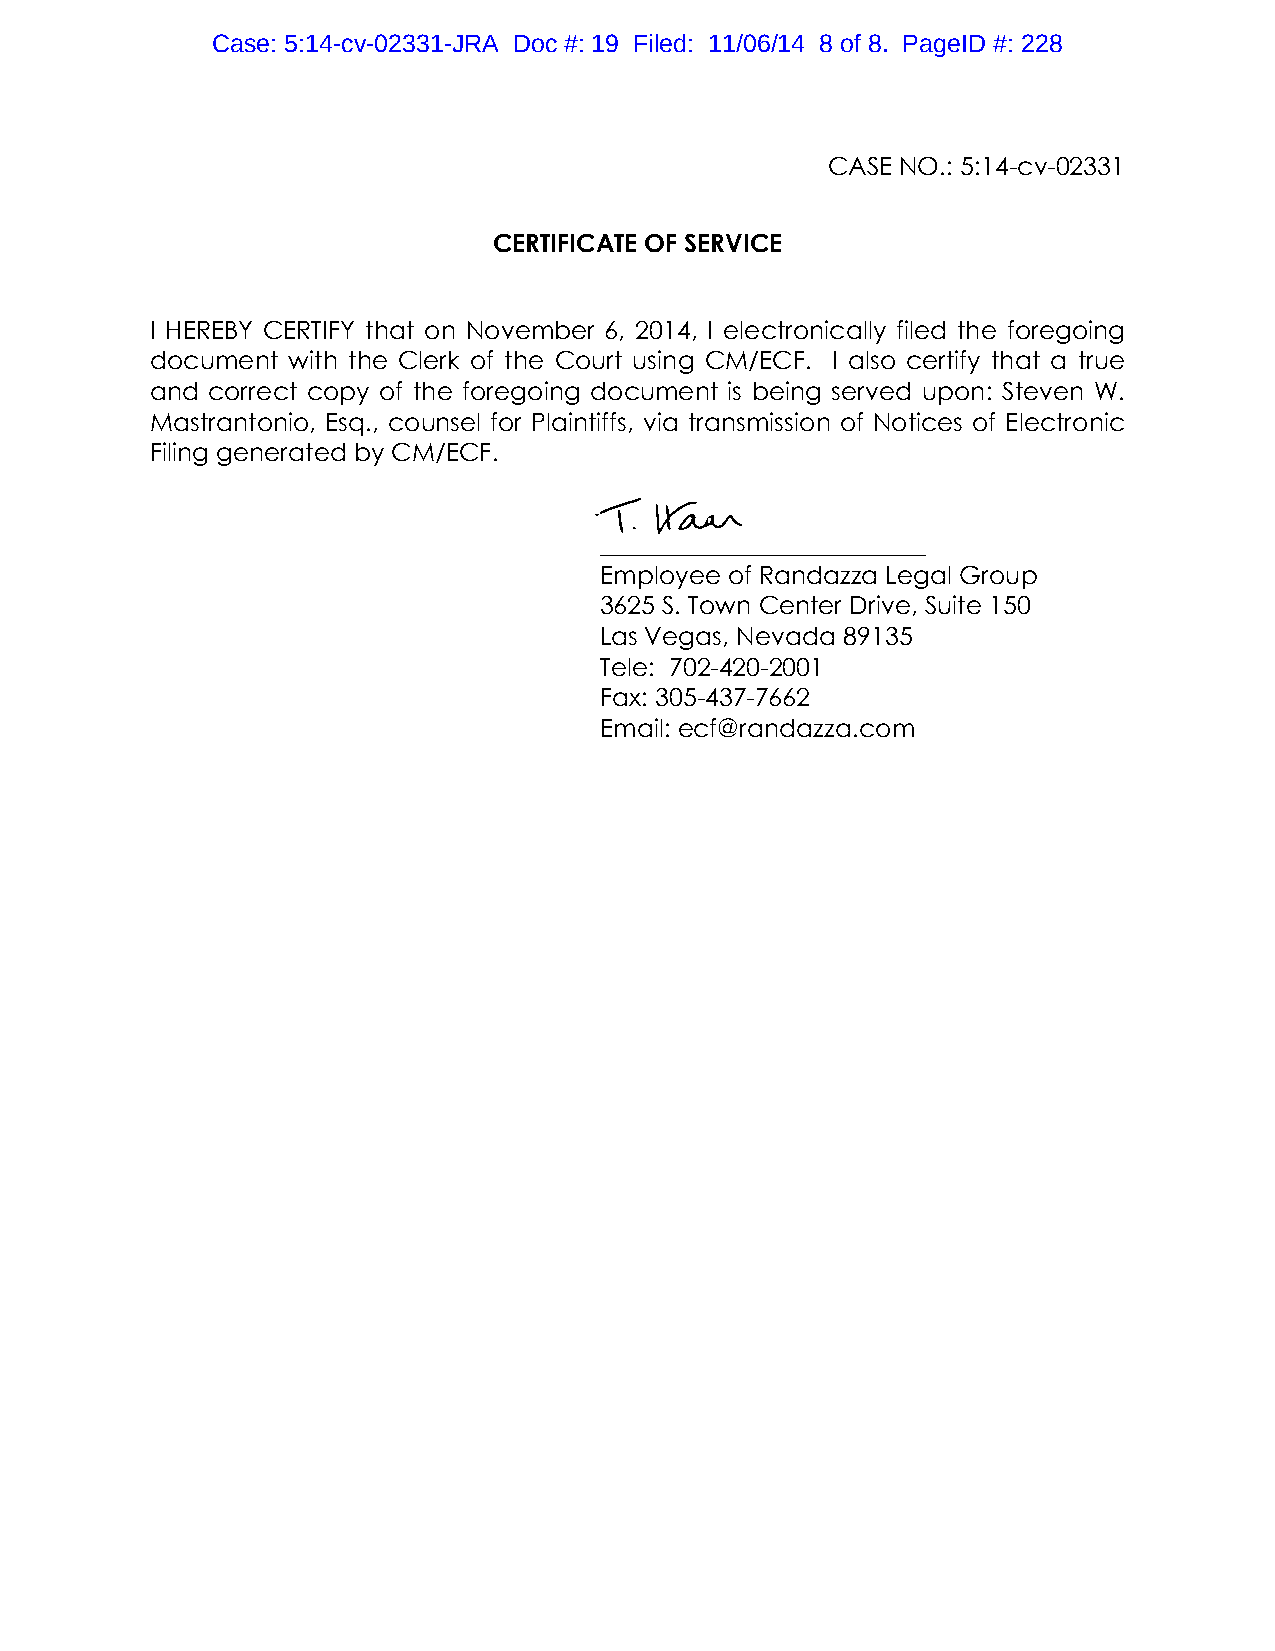
Case: 5:14-cv-02331-JRA Doc #: 19 Filed: 11/06/14 8 of 8. PageID #: 228
 CASE NO.: 5:14-cv-02331
 CERTIFICATE OF SERVICE
 I HEREBY CERTIFY that on November 6, 2014, I electronically filed the foregoing
 document with the Clerk of the Court using CM/ECF. I also certify that a true
 and correct copy of the foregoing document is being served upon: Steven W.
 Mastrantonio, Esq., counsel for Plaintiffs, via transmission of Notices of Electronic
 Filing generated by CM/ECF.
 __________________________
 Employee of Randazza Legal Group
 3625 S. Town Center Drive, Suite 150
 Las Vegas, Nevada 89135
 Tele: 702-420-2001
 Fax: 305-437-7662
 Email: ecf@randazza.com